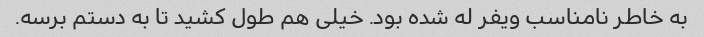
به خاطر نامناسب ویفر له شده بود. خیلی هم طول کشید تا به دستم برسه.